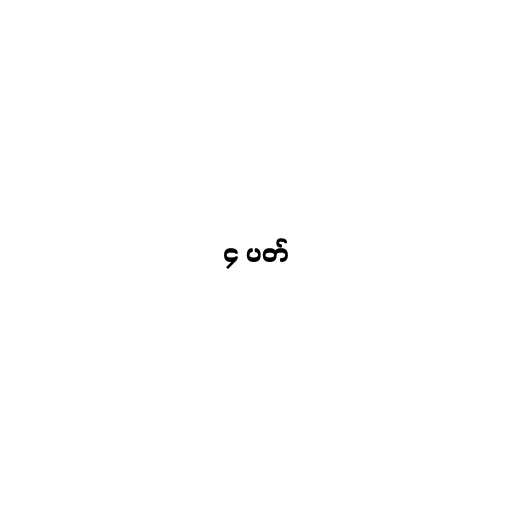
၄ ပတ်